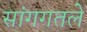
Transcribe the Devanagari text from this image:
सांगगतले